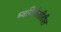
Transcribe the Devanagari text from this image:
ध्वनिफितीतील